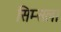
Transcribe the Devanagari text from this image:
सिम्सला